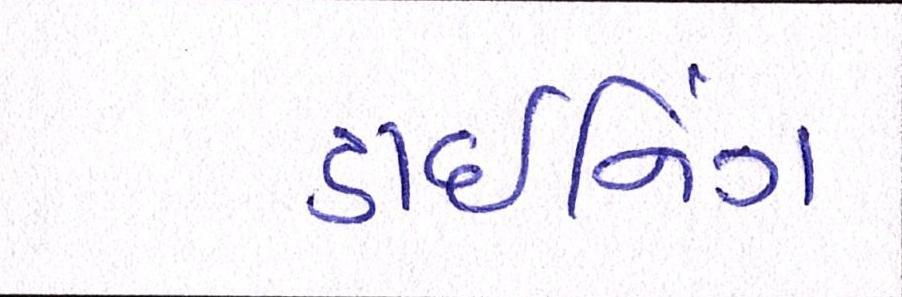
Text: ડાઇનિંગ